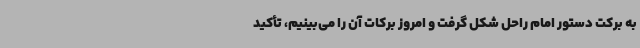
به برکت دستور امام راحل شکل گرفت و امروز برکات آن را می‌بینیم، تأکید